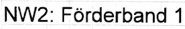
Text: NW2: Förderband 1